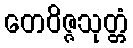
တေဝိဇ္ဇသုတ္တံ